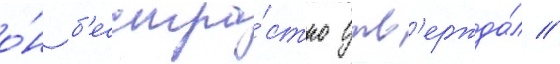
о́н б'есстра́стно утв'ержда́л //